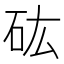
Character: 𥐪